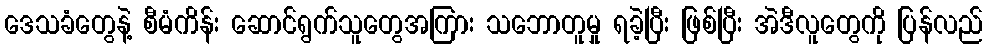
ဒေသခံတွေနဲ့ စီမံကိန်း ဆောင်ရွက်သူတွေအကြား သဘောတူမှု ရခဲ့ပြီး ဖြစ်ပြီး အဲဒီလူတွေကို ပြန်လည်